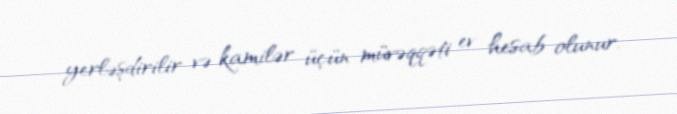
yerləşdirilir və kamilər üçün müvəqqəti ev hesab olunur.